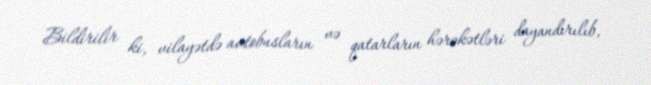
Bildirilir ki, vilayətdə avtobusların və qatarların hərəkətləri dayandırılıb,